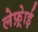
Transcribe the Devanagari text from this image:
लेफ़्रेाई